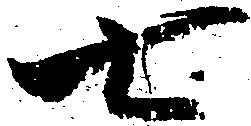
七